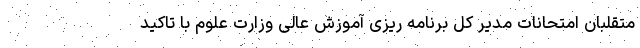
متقلبان امتحانات مدیر کل برنامه ریزی آموزش عالی وزارت علوم با تاکید